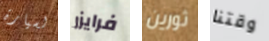
لسيارة فرايزر ثورين وقتنا